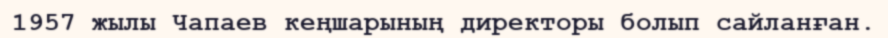
1957 жылы Чапаев кеңшарының директоры болып сайланған.